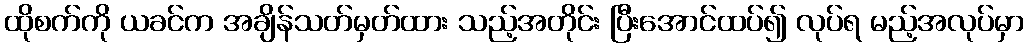
ထိုစက်ကို ယခင်က အချိန်သတ်မှတ်ထား သည့်အတိုင်း ပြီးအောင်ထပ်၍ လုပ်ရ မည့်အလုပ်မှာ